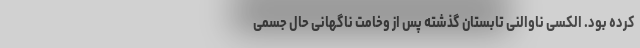
کرده بود. الکسی ناوالنی تابستان گذشته پس از وخامت ناگهانی حال جسمی